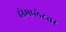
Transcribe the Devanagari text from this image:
होमप्लेटवर